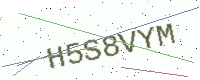
Text: H5S8VYM